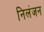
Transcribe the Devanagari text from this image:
निलंजन